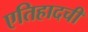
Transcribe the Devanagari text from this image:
एतिहादची